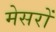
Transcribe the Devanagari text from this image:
मेसरों